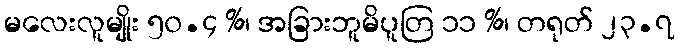
မလေးလူမျိုး ၅၀.၄ %၊ အခြားဘူမိပူတြ ၁၁ %၊ တရုတ် ၂၃.၇